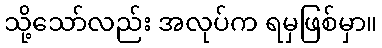
သို့သော်လည်း အလုပ်က ရမှဖြစ်မှာ။